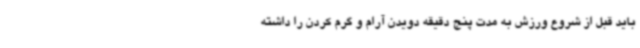
باید قبل از شروع ورزش به مدت پنج دقیقه دویدن آرام و گرم کردن را داشته